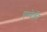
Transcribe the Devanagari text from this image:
एम्बेकी